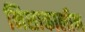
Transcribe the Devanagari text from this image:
निशाकालीन